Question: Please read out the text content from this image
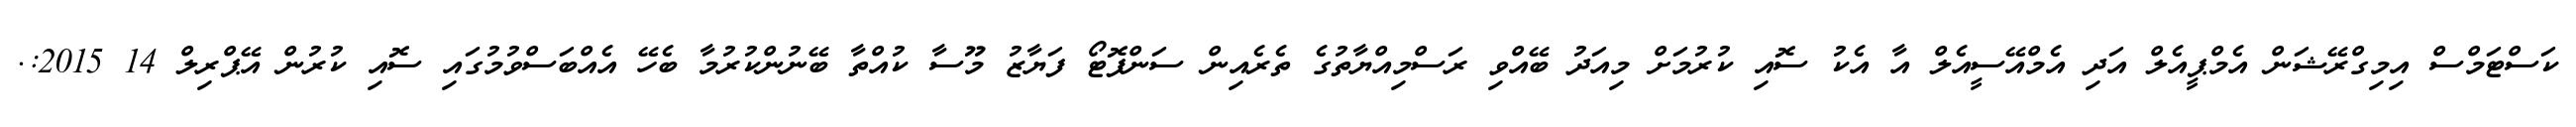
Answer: ކަސްޓަމްސް އިމިގްރޭޝަން އެމްޕީއެލް އަދި އެމްއޭސީއެލް އާ އެކު ސޮއި ކުރުމަށް މިއަދު ބޭއްވި ރަސްމިއްޔާތުގެ ތެރެއިން ސަންފޮޓޯ ފަޔާޒު މޫސާ ކުއްތާ ބޭނުންކުރުމާ ބެހޭ އެއްބަސްވުމުގައި ސޮއި ކުރުން އޭޕްރިލް 14 2015:.